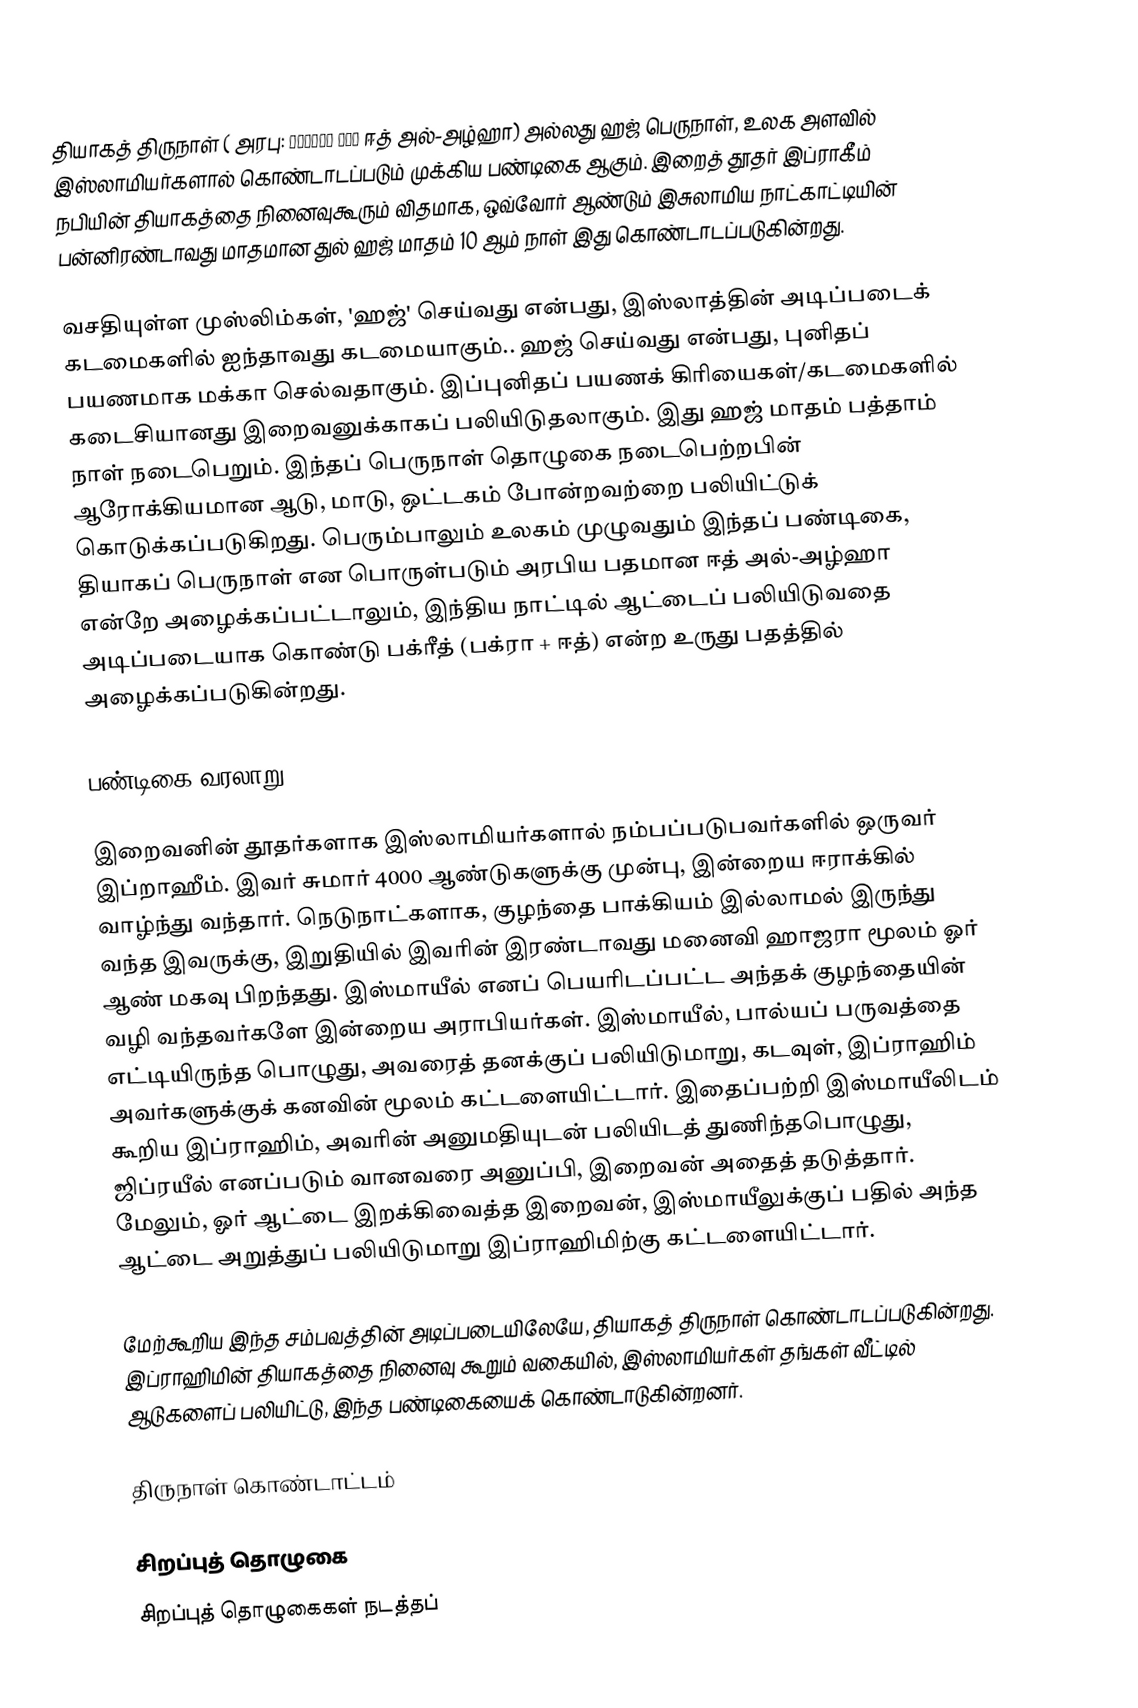
தியாகத் திருநாள் ( அரபு: عيد الأضحى ஈத் அல்-அழ்ஹா) அல்லது ஹஜ் பெருநாள், உலக அளவில் இஸ்லாமியர்களால் கொண்டாடப்படும் முக்கிய பண்டிகை ஆகும். இறைத் தூதர் இப்ராகீம் நபியின் தியாகத்தை நினைவுகூரும் விதமாக, ஒவ்வோர் ஆண்டும் இசுலாமிய நாட்காட்டியின் பன்னிரண்டாவது மாதமான  துல் ஹஜ் மாதம் 10 ஆம் நாள் இது கொண்டாடப்படுகின்றது.

வசதியுள்ள முஸ்லிம்கள், 'ஹஜ்' செய்வது என்பது, இஸ்லாத்தின் அடிப்படைக் கடமைகளில் ஐந்தாவது கடமையாகும்.. ஹஜ் செய்வது என்பது, புனிதப் பயணமாக மக்கா செல்வதாகும். இப்புனிதப் பயணக் கிரியைகள்/கடமைகளில் கடைசியானது இறைவனுக்காகப் பலியிடுதலாகும். இது ஹஜ் மாதம் பத்தாம் நாள் நடைபெறும். இந்தப் பெருநாள் தொழுகை நடைபெற்றபின் ஆரோக்கியமான ஆடு, மாடு, ஒட்டகம் போன்றவற்றை பலியிட்டுக் கொடுக்கப்படுகிறது. பெரும்பாலும் உலகம் முழுவதும் இந்தப் பண்டிகை, தியாகப் பெருநாள் என பொருள்படும் அரபிய பதமான ஈத் அல்-அழ்ஹா என்றே அழைக்கப்பட்டாலும், இந்திய நாட்டில் ஆட்டைப் பலியிடுவதை அடிப்படையாக கொண்டு பக்ரீத் (பக்ரா + ஈத்) என்ற உருது பதத்தில் அழைக்கப்படுகின்றது.

பண்டிகை வரலாறு

இறைவனின் தூதர்களாக இஸ்லாமியர்களால் நம்பப்படுபவர்களில் ஒருவர் இப்றாஹீம். இவர் சுமார் 4000 ஆண்டுகளுக்கு முன்பு, இன்றைய ஈராக்கில் வாழ்ந்து வந்தார். நெடுநாட்களாக, குழந்தை பாக்கியம் இல்லாமல் இருந்து வந்த இவருக்கு, இறுதியில் இவரின் இரண்டாவது மனைவி ஹாஜரா மூலம் ஓர் ஆண் மகவு பிறந்தது. இஸ்மாயீல் எனப் பெயரிடப்பட்ட அந்தக் குழந்தையின் வழி வந்தவர்களே இன்றைய அராபியர்கள். இஸ்மாயீல், பால்யப் பருவத்தை எட்டியிருந்த பொழுது, அவரைத் தனக்குப் பலியிடுமாறு, கடவுள், இப்ராஹிம் அவர்களுக்குக் கனவின் மூலம் கட்டளையிட்டார். இதைப்பற்றி இஸ்மாயீலிடம் கூறிய இப்ராஹிம், அவரின் அனுமதியுடன் பலியிடத் துணிந்தபொழுது, ஜிப்ரயீல் எனப்படும் வானவரை அனுப்பி, இறைவன் அதைத் தடுத்தார். மேலும், ஓர் ஆட்டை இறக்கிவைத்த இறைவன், இஸ்மாயீலுக்குப் பதில் அந்த ஆட்டை அறுத்துப் பலியிடுமாறு இப்ராஹிமிற்கு கட்டளையிட்டார்.

மேற்கூறிய இந்த சம்பவத்தின் அடிப்படையிலேயே, தியாகத் திருநாள் கொண்டாடப்படுகின்றது. இப்ராஹிமின் தியாகத்தை நினைவு கூறும் வகையில், இஸ்லாமியர்கள் தங்கள் வீட்டில் ஆடுகளைப் பலியிட்டு, இந்த பண்டிகையைக் கொண்டாடுகின்றனர்.

திருநாள் கொண்டாட்டம்

சிறப்புத் தொழுகை
சிறப்புத் தொழுகைகள் நடத்தப்